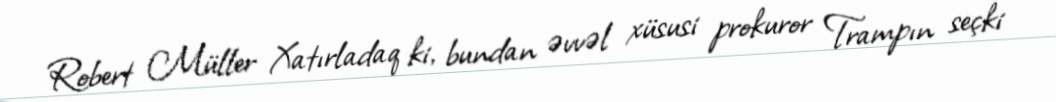
Robert Müller Xatırladaq ki, bundan əvvəl xüsusi prokuror Trampın seçki